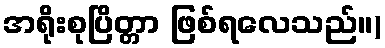
အရိုးစုပြိတ္တာ ဖြစ်ရလေသည်။)